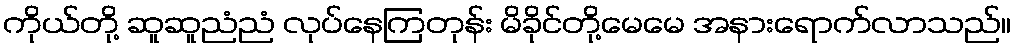
ကိုယ်တို့ ဆူဆူညံညံ လုပ်နေကြတုန်း မိခိုင်တို့မေမေ အနားရောက်လာသည်။